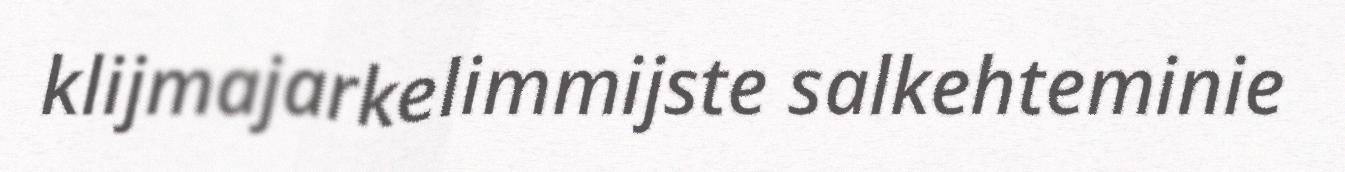
klijmajarkelimmijste salkehteminie